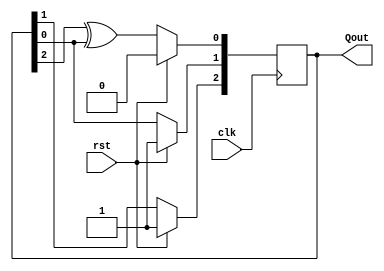
module PRPG(Qout,clk,rst);
    input clk;
    input rst;
    output [2:0]Qout;
    reg [2:0]Qout;

    always@(posedge clk)begin
        if(rst)begin
            Qout <= 3'b110;
        end
        else begin
        Qout[0] <= Qout[2] ^Qout[0];
        Qout[1] <= Qout[0];
        Qout[2] <= Qout[1];
        end
    end
endmodule